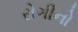
રોગીનો